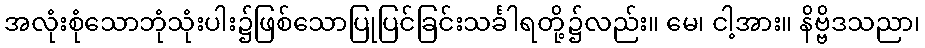
အလုံးစုံသောဘုံသုံးပါး၌ဖြစ်သောပြုပြင်ခြင်းသင်္ခါရတို့၌လည်း။ မေ၊ ငါ့အား။ နိဗ္ဗိဒသညာ၊